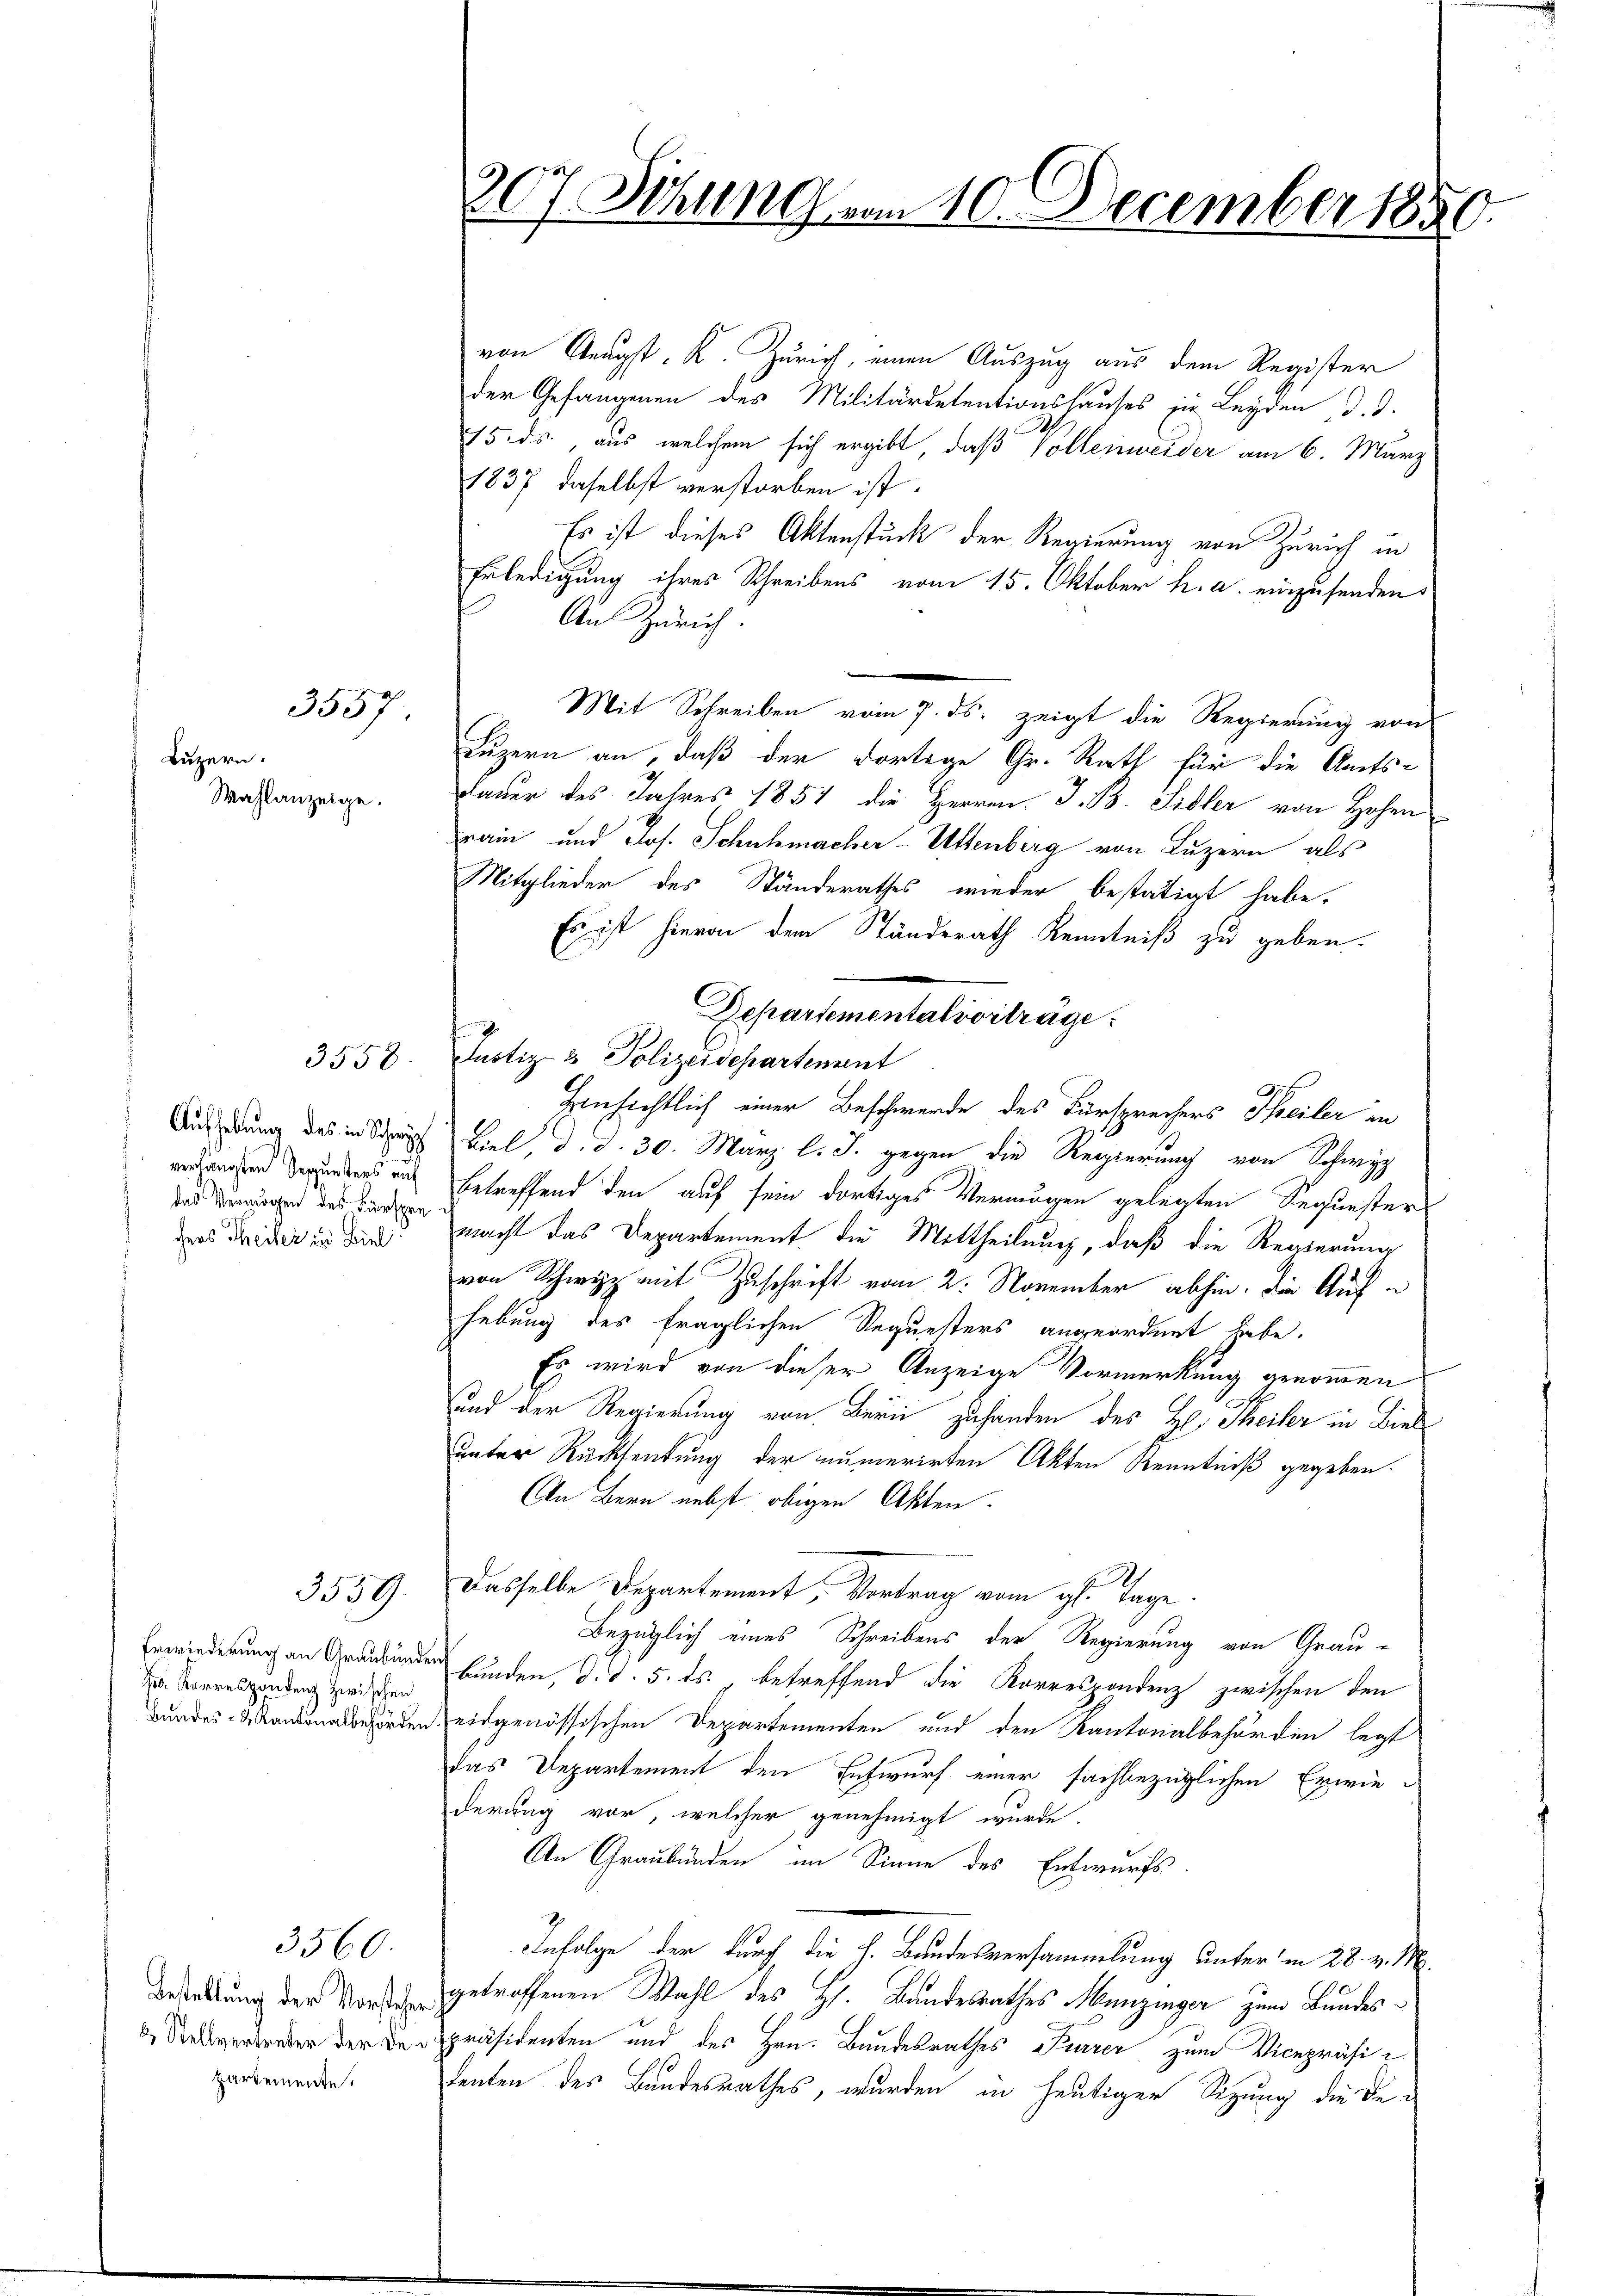
Luzern.
Wahlanzeige.

3557.

3558

Aufhebung des in Schwyz
verlangten Gesunsters auf
das Vermögen des Fürspre
chers Meiler in Biel

3559.

Erwiederung an Graubünden
 Korrespondenz zwischen
Bundes- & Kantonalbehörden.

Bestellung der Vorsteher
& Stellvertreter der Departemente.

3560.

307. Schling vom 10. December 18

von Aeugst. K. Zürich, einen Auszug aus dem Register
der Gefangenen des Militärdetentionshauses zu Leyden d. d.
15. ds., aus, welchem sich ergibt, daß Vollenweider am 6. März
1837 daselbst verstorben ist.
Es ist dieses Aktenstück der Regierung von Zürich in
Erledigung ihres Schreibens vom 15. Oktober h. a. einzusenden:
An Zürich.
Mit Schreiben vom 7. ds. zeigt die Regierung von
Luzern an, daß der dortige Gr. Rath für die Amts-
Dauer des Jahres 1851 die Herren. J. B. Sidler von Hohen
rain und Jos. Schuhmacher-Uttenberg von Luzern als
Mitglieder des Ständerathes wieder bestätigt habe.
Es ist hievon dem Ständerath Kenntniß zu geben.
Departemental vorträge.
Justiz & Polizeidepartement
Einsichtlich einer Beschwerde des Fürsprechers Theiler an
Biel d. d. 30. März l. J. gegen die Regierung von Schwyz
betreffend den auf sein dortiges Vermögen gelegten Sequester
macht das Departement die Mittheilung, daß die Regierung
von Schwyz mit Zuschrift vom 2. November abhin, die Auf-
hebung des fraglichen Requesters angeordnet habe.
Es wird von dieser Anzeige Vormerkung genommen
und der Regierung von Bern zuhanden des Hl. Theiler in Biel
unter Rücksendung der numerirten Akten Kenntniß gegeben.
An Bern nebst obigen Akten.
Dasselbe Departement, Vortrag vom g. Tage
Bezüglich eines Schreibens der Regierung von Grau-
bunden, d. d. 5. ds. betreffend die Korrespondenz zwischen den
eidgenössischen Departementen und den Kantonalbehörden legt
das Departement den Entwurf einer sachbezüglichen Erwiederung vor, welcher genehmigt wurde.
An Graubünden im Sinne des Entwurfs-
Infolge der durch die h. Bundesversammlung unter in 28. v. M.
getroffenen Wahl des Hs. Bandesrathes Munzinger zum Bundespräsidenten und des Hrn. Bundesrathes Parer zum Vicepräsidenten des Bundesrathes, wurden in heutiger Sitzung die De¬

l